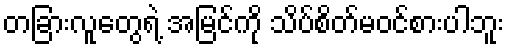
တခြားလူတွေရဲ့ အမြင်ကို သိပ်စိတ်မဝင်စားပါဘူး